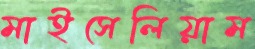
মাইসেলিয়াম